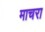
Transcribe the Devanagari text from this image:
माचरा